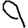
Digit: 9